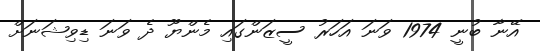
އޭނާ ބުނީ 1974 ވަނަ އަހަރު ސީޒަންގައި މެންޔޫ ދެ ވަނަ ޑިވިޝަނަށް